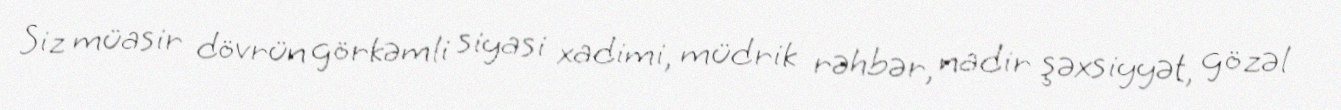
Siz müasir dövrün görkəmli siyasi xadimi, müdrik rəhbər, nadir şəxsiyyət, gözəl